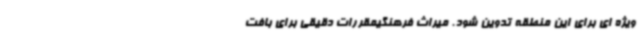
ویژه ای برای این منطقه تدوین شود. میراث فرهنگیمقررات دقیقی برای بافت